Lunatic asylums United Prov. 1922-30 - 1922-1930
Year: 1922
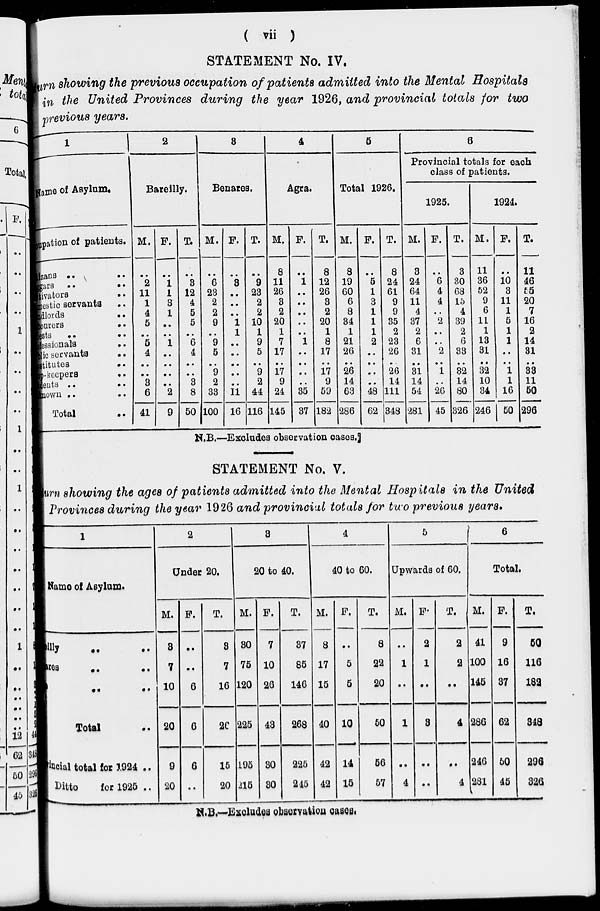
( vii )
STATEMENT No. IV.
Return showing the previous occupation of patients admitted into the Mental Hospitals
in the United Provinces during the year 1926, and provincial totals for two
previous years.
1
Name of Asylum.
Occupation of patients.
izns .. ..
ggars .. ..
ltivators ..
mestic servants ..
ndlords ..
bourers ..
ests .. ..
Proffessionals ..
blie servants ..
Institutes ..
Shop-keepers ..
dents .. ..
known .. ..
Total ..
2
Bareilly.
M.
..
2
11
1
4
5
..
5
4
..
..
3
6
41
F.
..
1
1
3
1
..
..
1
..
..
..
..
2
9
T.
..
3
12
4
5
5
..
6
4
..
..
3
8
50
3
Benares.
M.
..
6
23
2
2
9
..
9
5
..
9
2
33
100
F.
..
3
..
..
..
1
1
..
..
..
..
..
11
16
T.
..
9
23
2
2
10
1
9
5
..
9
2
44
116
4
Agra.
M.
8
11
26
3
2
20
1
7
17
..
17
9
24
145
F.
..
1
..
..
..
..
..
1
..
..
..
..
35
37
T.
8
12
26
3
2
20
1
8
17
..
17
9
59
182
5
Total 1926.
M.
8
19
60
6
8
34
1
21
26
..
26
14
63
286
F.
..
5
1
3
1
1
1
2
..
..
..
..
48
62
T.
8
24
61
9
9
35
2
23
26
.
26
14
111
348
6
Provincial totals for each
class of patients.
1925.
M.
3
24
64
11
4
37
2
6
31
..
31
14
54
281
F.
..
6
4
4
..
2
..
..
2
..
1
..
26
45
T.
3
30
68
15
4
39
2
6
33
..
32
14
80
326
1924.
M.
11
36
52
9
6
11
1
13
31
..
32
10
34
246
F.
..
10
3
11
1
5
1
1
..
..
1
1
16
50
T.
11
46
55
20
7
16
2
14
31
..
33
11
50
296
N. B.—Excludes observation cases.
STATEMENT No. V.
Return showing the ages of patients admitted into the Mental Hospitals in the United
Provinces during the year 1926 and provincial totals for two previous years.
1
Name of Asylum.
illy .. ..
Banares .. ..
.. ..
Total ..
vincial total for 1924 .
Ditto
for 1925 ..
2
Under 20.
M.
3
7
10
20
9
20
F.
..
..
6
6
6
..
T.
3
7
16
26
15
20
3
20 to 40.
M.
30
75
120
225
195
215
F.
7
10
26
43
30
30
T.
37
85
146
268
225
245
4
40 to 60.
M.
8
17
15
40
42
42
F.
..
5
5
10
14
15
T.
8
22
20
50
56
57
5
Upwards of 60.
M.
..
1
..
1
..
4
F.
2
1
..
3
..
..
T.
2
2
..
4
..
4
6
Total.
M.
41
100
145
286
246
281
F.
9
16
37
62
50
45
T.
50
116
182
348
296
326
N.B.—Excludes observation cases.